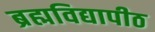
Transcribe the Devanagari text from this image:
ब्रह्मविद्यापीठ